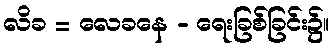
လိခ = လေခနေ - ရေးခြစ်ခြင်း၌။